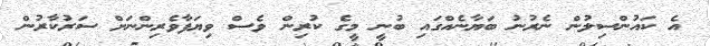
އެ ކައުންސިލުން ނެރުނު ބަޔާނެއްގައި ބުނީ މީގެ ކުރިން ވެސް ވިޔަފާވެރިންނަށް ސަރުކާރުން